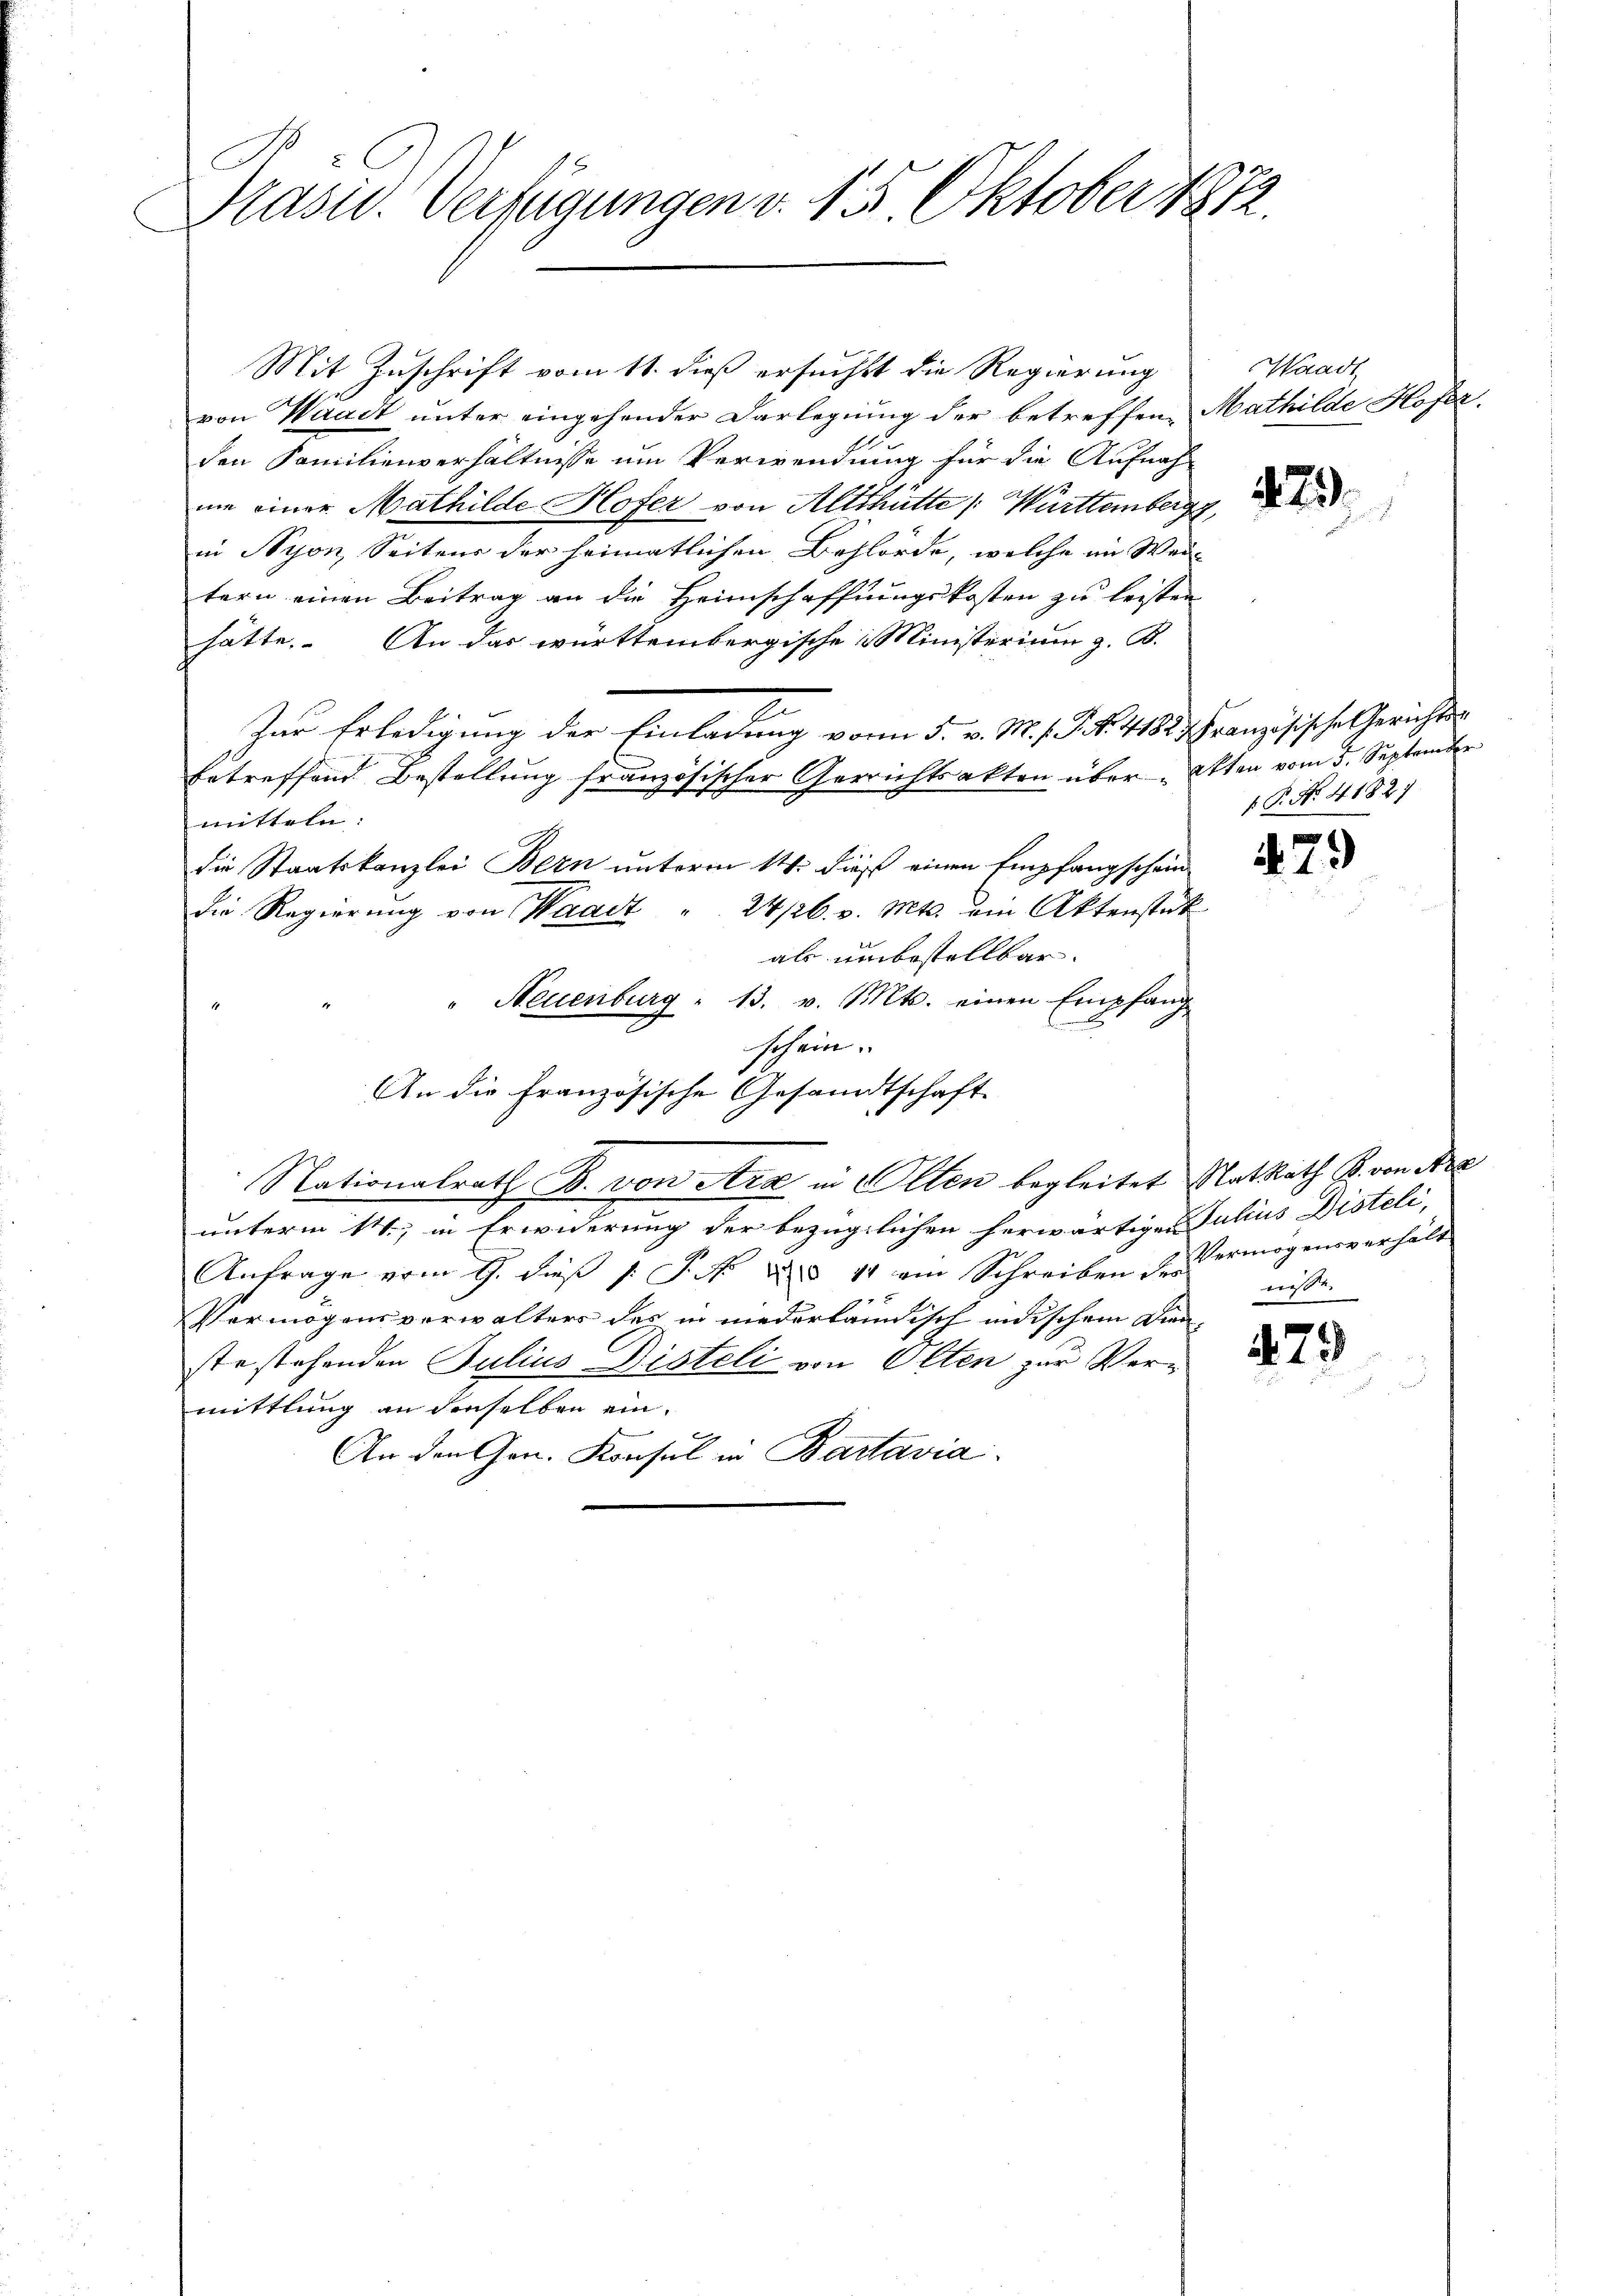
C
Prasiv. Verfügungen v. 15. Oktober 1872.

Mit Zuschrift vom 11. dieß ersucht die Regierung
von Waadt unter eingehender Darlegung der betreffenden Familienverhältnisse um Verwendung für die Aufnah-
mie einer Mathilde Hofer von Altshütte Württemberg
in Nyon, Seitens der heimatlichen Behörde, welche im Wei-
tern einen Beitrag an die Heimschaffungskosten zu leisten
hätte. An das württembergische Ministerium z. B.
Zur Erledigung der Einladung von 5. v. M. . . . 418.  Französische Gerichts
betreffend Bestellung französischer Gerichtsakten über Akten vom 5. September
mitteln:
die Staatskanzlei Bern unterm 14. dieß einen Empfangschein
die Regierŭng von Waadt " 24/26. v. Mts. ein Aktenstat
als unbestellbar.
" Neuenburg " 13. v. Mts. einen Empfang
schein.
An die Französische Gesandtschaft
Nationalrath B. von Ara in Olten begleitet Rat Rath B. von Arc
unterm 14. in Erwiderung der bezüglichen herwärtigen Julius Disteli,
Anfrage vom 9. dieß [ J. N. § 11 am Schreiben des ermögensverhält
Vermögensverwalters des in niederländisch indischem Dien-
ste stehenden Julius Disteli von Olten zur Vermittlung an denselben ein-
An den Gen. Konsul in Bartavia

Waadt
Mathilde Hofer.

429.

P. No. 4. 1827

.79)

wese

479